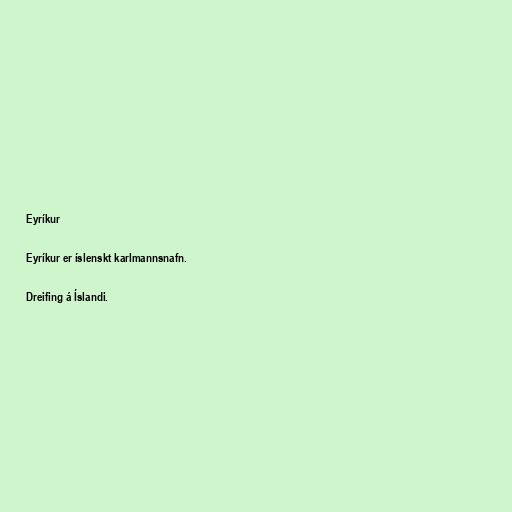
Eyríkur

Eyríkur er íslenskt karlmannsnafn.

Dreifing á Íslandi.